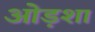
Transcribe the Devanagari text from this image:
ओड़शा